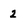
Character: 2